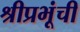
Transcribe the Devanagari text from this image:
श्रीप्रभूंची